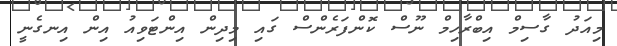
މިއަދު ގާސިމް އިބްރާހިމް ނޫސް ކޮންފަރެންސް ގައި މިދިން އިންޓަވިއު އިން އިނގެނީ